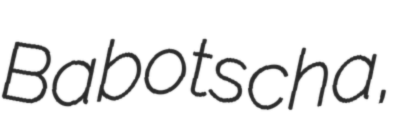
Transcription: Babotscha,